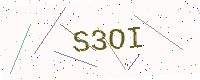
Text: S3OI